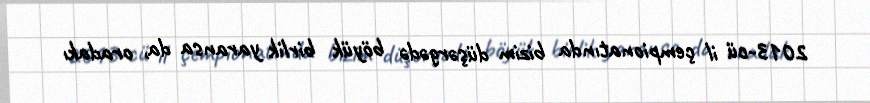
2013-cü il çempionatında bizim düşərgədə böyük birlik yaransa da, oradakı